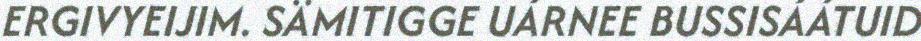
ERGIVYEIJIM. SÄMITIGGE UÁRNEE BUSSISÁÁTUID